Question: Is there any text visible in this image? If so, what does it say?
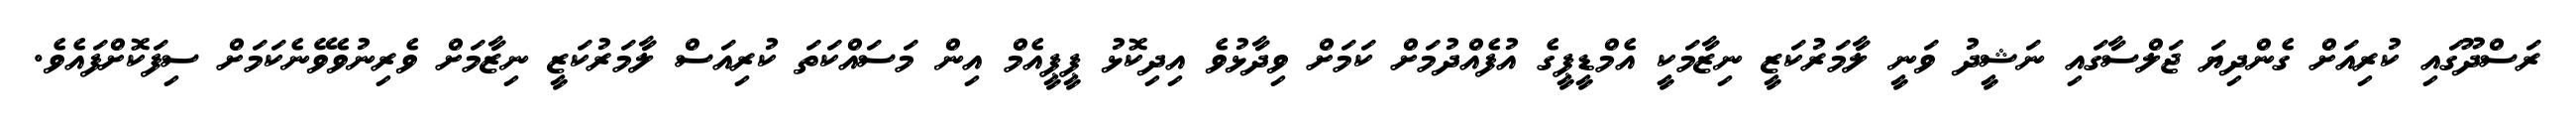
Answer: ރަސްދޫގައި ކުރިއަށް ގެންދިޔަ ޖަލްސާގައި ނަޝީދު ވަނީ ލާމަރުކަޒީ ނިޒާމަކީ އެމްޑީޕީގެ އުފެއްދުމަށް ކަމަށް ވިދާޅުވެ އިދިކޮޅު ޕީޕީއެމް އިން މަސައްކަތަ ކުރިއަސް ލާމަރުކަޒީ ނިޒާމަށް ވެރިނުވެވޭނެކަމަށް ސިފަކޮށްފައެވެ.